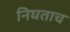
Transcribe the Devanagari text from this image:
निघताच